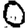
Digit: 0